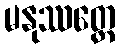
မနုဿတ္တေ